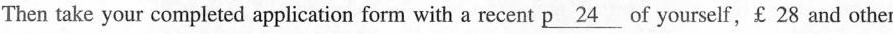
Then take your completed application form with a recent \underline{p24} of yourself,￡28 and other